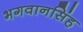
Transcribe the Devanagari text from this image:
भगवानसिंह